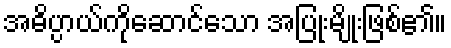
အဓိပ္ပာယ်ကိုဆောင်သော အပြုံးမျိုးဖြစ်၏။